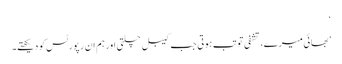
‘
’بھائی میرے، تشفی تو تب ہوتی جب کیبل چلتی اور ہم ان رپورٹس کو دیکھتے۔